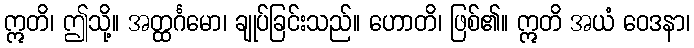
ဣတိ၊ ဤသို့။ အတ္ထင်္ဂမော၊ ချုပ်ခြင်းသည်။ ဟောတိ၊ ဖြစ်၏။ ဣတိ အယံ ဝေဒနာ၊